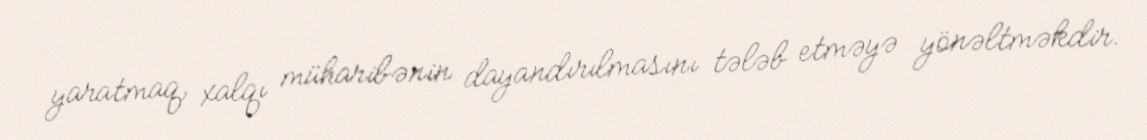
yaratmaq, xalqı müharibənin dayandırılmasını tələb etməyə yönəltməkdir.